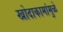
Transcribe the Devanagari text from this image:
खोदाकामांमुळे